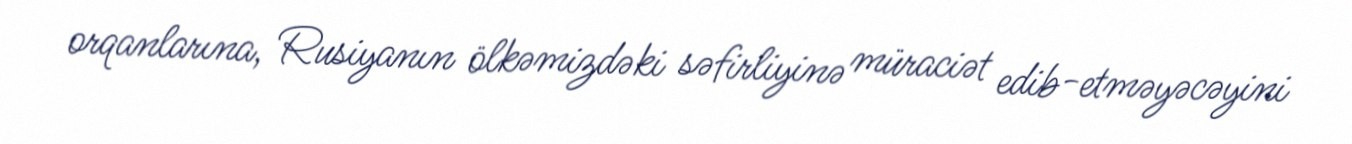
orqanlarına, Rusiyanın ölkəmizdəki səfirliyinə müraciət edib-etməyəcəyini